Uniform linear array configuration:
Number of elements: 24
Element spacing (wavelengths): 1
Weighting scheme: hann
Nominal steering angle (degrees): -15
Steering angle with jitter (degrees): -13.418
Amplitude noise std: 0.05
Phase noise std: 0.05

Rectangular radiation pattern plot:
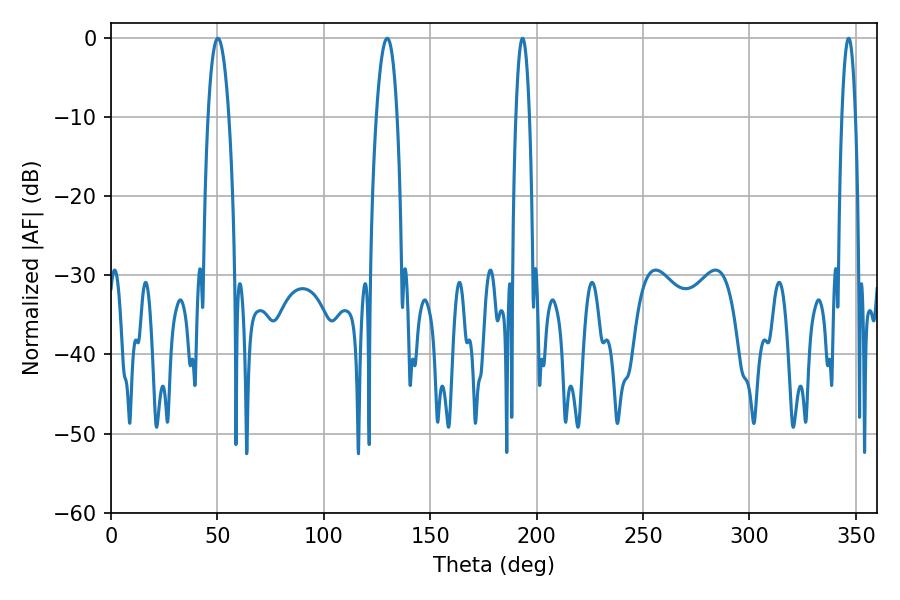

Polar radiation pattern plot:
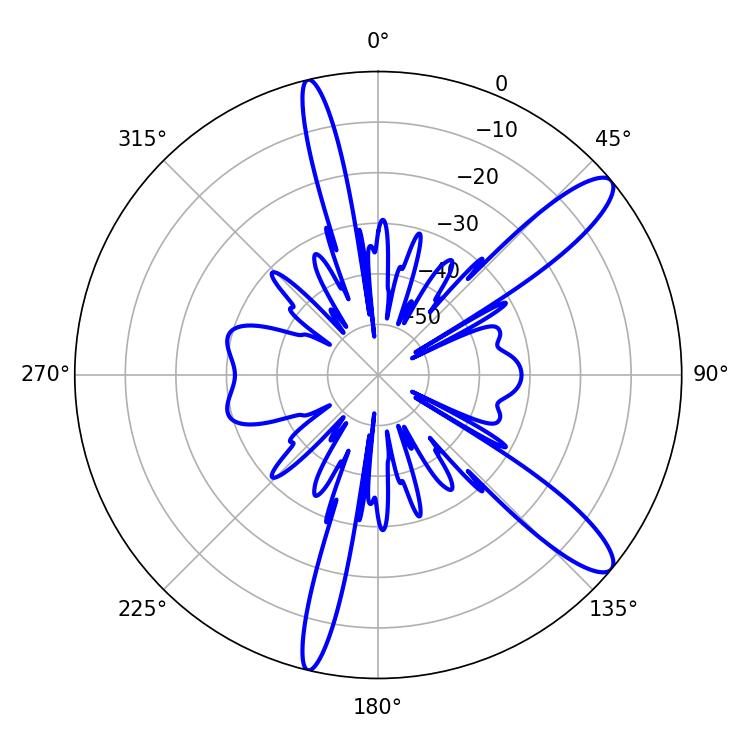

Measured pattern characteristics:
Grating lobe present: TRUE
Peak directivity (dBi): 12.014
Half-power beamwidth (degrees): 5.58
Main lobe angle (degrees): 50.22